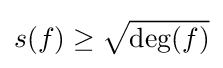
s(f)\geq {\sqrt {\deg(f)}}